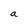
Character: a